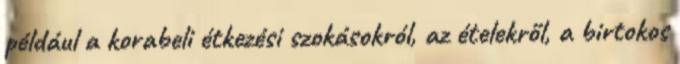
például a korabeli étkezési szokásokról, az ételekről, a birtokos